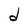
Character: d